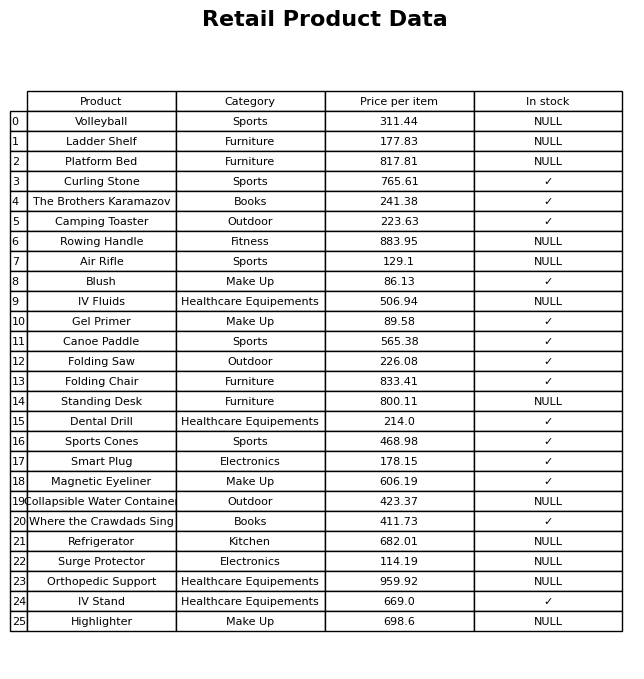
question: What is the stock status of the Folding Saw?
answer: ✓